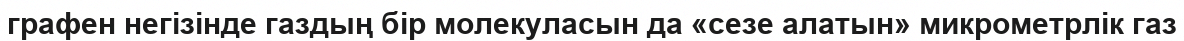
графен негізінде газдың бір молекуласын да «сезе алатын» микрометрлік газ